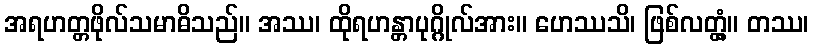
အရဟတ္တဖိုလ်သမာဓိသည်။ အဿ၊ ထိုရဟန္တာပုဂ္ဂိုလ်အား။ ဟေဿသိ၊ ဖြစ်လတ္တံ့။ တဿ၊